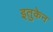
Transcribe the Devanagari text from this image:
इतुकेन